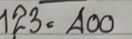
123 = 400